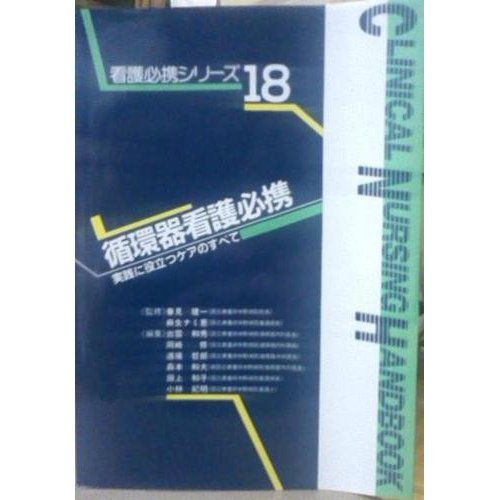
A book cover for Cardiovascular nursing must-have - all the care that can help you practice (nursing must-have series) ISBN: 4051508226 (1993) [Japanese Import]; Medical Books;